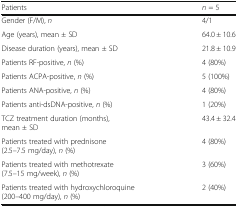
<table><thead><tr><td><b>Patients</b></td><td><b><i>n</i> = 5</b></td></tr></thead><tbody><tr><td>Gender (F/M), <i>n</i></td><td>4/1</td></tr><tr><td>Age (years), mean ± SD</td><td>64.0 ± 10.6</td></tr><tr><td>Disease duration (years), mean ± SD</td><td>21.8 ± 10.9</td></tr><tr><td>Patients RF-positive, <i>n</i> (%)</td><td>4 (80%)</td></tr><tr><td>Patients ACPA-positive, <i>n</i> (%)</td><td>5 (100%)</td></tr><tr><td>Patients ANA-positive, <i>n</i> (%)</td><td>4 (80%)</td></tr><tr><td>Patients anti-dsDNA-positive, <i>n</i> (%)</td><td>1 (20%)</td></tr><tr><td>TCZ treatment duration (months), mean ± SD</td><td>43.4 ± 32.4</td></tr><tr><td>Patients treated with prednisone (2.5–7.5 mg/day), <i>n</i> (%)</td><td>4 (80%)</td></tr><tr><td>Patients treated with methotrexate (7.5–15 mg/week), <i>n</i> (%)</td><td>3 (60%)</td></tr><tr><td>Patients treated with hydroxychloroquine (200–400 mg/day), <i>n</i> (%)</td><td>2 (40%)</td></tr></tbody></table>